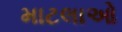
માટલાઓ